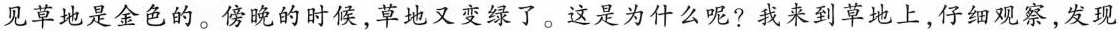
见草地是金色的。傍晚的时候，草地又变绿了。这是为什么呢?我来到草地上，仔细观察，发现